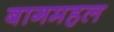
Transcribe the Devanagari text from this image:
बागमहल